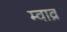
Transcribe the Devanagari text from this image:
म्वाव्र